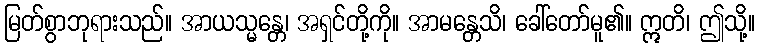
မြတ်စွာဘုရားသည်။ အာယသ္မန္တေ၊ အရှင်တို့ကို။ အာမန္တေသိ၊ ခေါ်တော်မူ၏။ ဣတိ၊ ဤသို့။